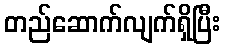
တည်ဆောက်လျက်ရှိပြီး